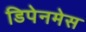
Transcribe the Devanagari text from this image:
डिपेनमेस